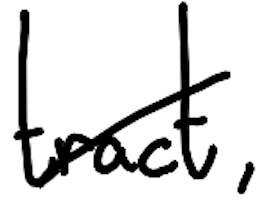
Text: tract,
Cross-out: diagonal
Writing tool: digital_black